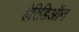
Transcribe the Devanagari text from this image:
हेरिडिऑन